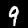
Label: 9